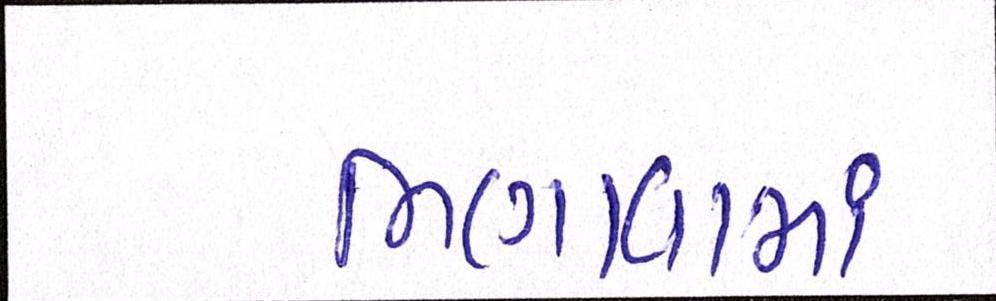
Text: ભણાવામાં